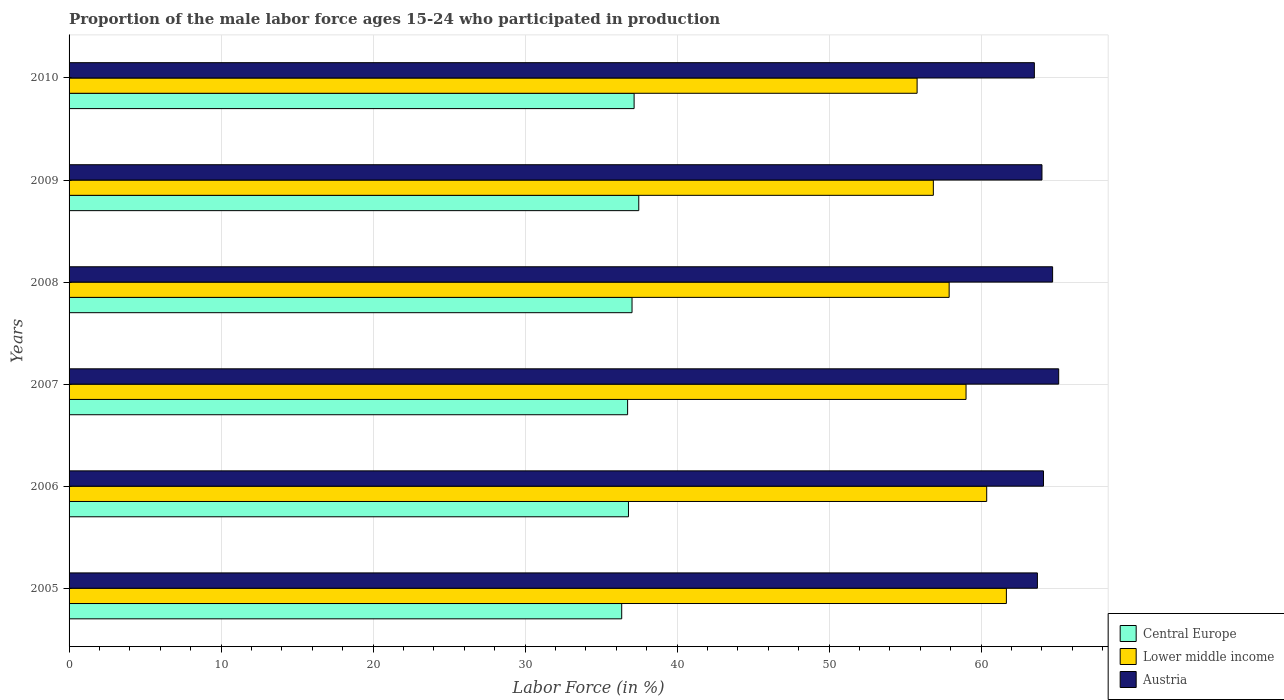
| Years | Central Europe | Lower middle income | Austria |
 | --- | --- | --- | --- |
 | 2005 | 36.4 | 61.7 | 63.7 |
 | 2006 | 36.8 | 60.4 | 64.1 |
 | 2007 | 36.7 | 59 | 65.1 |
 | 2008 | 37 | 57.9 | 64.7 |
 | 2009 | 37.5 | 56.9 | 64 |
 | 2010 | 37.2 | 55.8 | 63.5 |